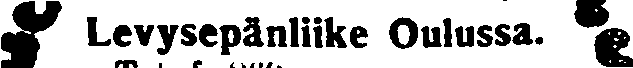
Levysepäniike Oulussa.